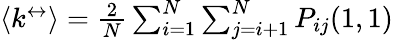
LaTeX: \begin{array}{r}{\left\langle k^{\leftrightarrow}\right\rangle=\frac{2}{N}\sum_{i=1}^{N}\sum_{j=i+1}^{N}P_{ij}(1,1)}\end{array}